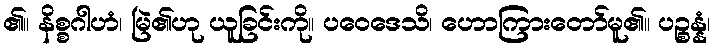
၏။ နိစ္စဂါဟံ၊ မြဲ၏ဟု ယူခြင်းကို။ ပဝေဒေသိ၊ ဟောကြားတော်မူ၏။ ပဉ္စန္နံ၊